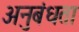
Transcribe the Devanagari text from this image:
अनुबंधता